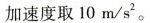
加速度取10m/s^{2}。